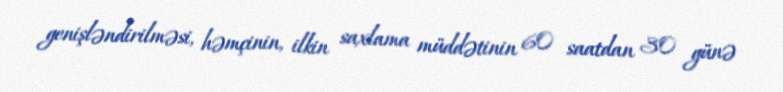
genişləndirilməsi, həmçinin, ilkin saxlama müddətinin 60 saatdan 30 günə